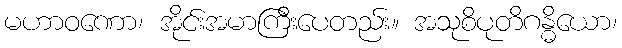
မဟာဝဏော၊ အိုင်းအမာကြီးပေတည်း။ အသုစိပုတိဂန္ဓိယော၊